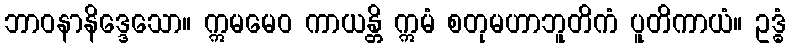
ဘာဝနာနိဒ္ဒေသော။ ဣမမေဝ ကာယန္တိ ဣမံ စတုမဟာဘူတိကံ ပူတိကာယံ။ ဥဒ္ဓံ